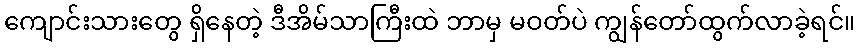
ကျောင်းသားတွေ ရှိနေတဲ့ ဒီအိမ်သာကြီးထဲ ဘာမှ မဝတ်ပဲ ကျွန်တော်ထွက်လာခဲ့ရင်။